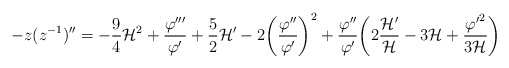
\begin{align*}-z(z^{-1})''= - \frac{9}{4} {\cal H}^2 + \frac{\varphi'''}{\varphi'}+ \frac{5}{2} {\cal H}' - 2 \biggl(\frac{\varphi''}{\varphi'}\biggr)^2 +\frac{\varphi''}{\varphi'} \biggl( 2 \frac{{\cal H}'}{\cal H} - 3 {\cal H} + \frac{{\varphi'}^2}{3 {\cal H}} \biggr)\end{align*}